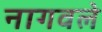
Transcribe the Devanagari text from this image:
नागवले